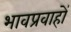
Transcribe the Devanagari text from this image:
भावप्रवाहों